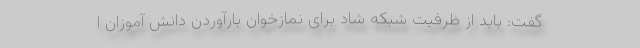
گفت: باید از ظرفیت‌ شبکه شاد برای نمازخوان بارآوردن دانش آموزان ا